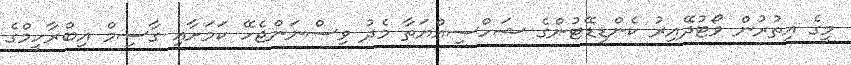
މީގެ އިތުރުން ވޯޓުދޭއިރު ކެންޑިޑޭޓުންގެ ޝަހްސިއްޔަތާ މެދު ވިސްނަންޖެހޭ ކަމަށާއި ގާސިމް އިބްރާހީމްގެ